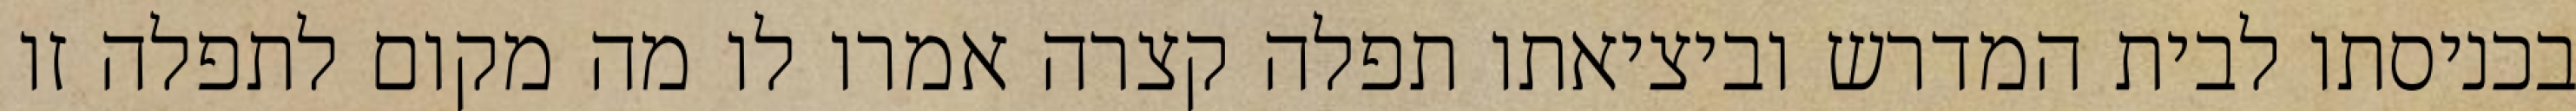
בכניסתו לבית המדרש וביציאתו תפלה קצרה אמרו לו מה מקום לתפלה זו